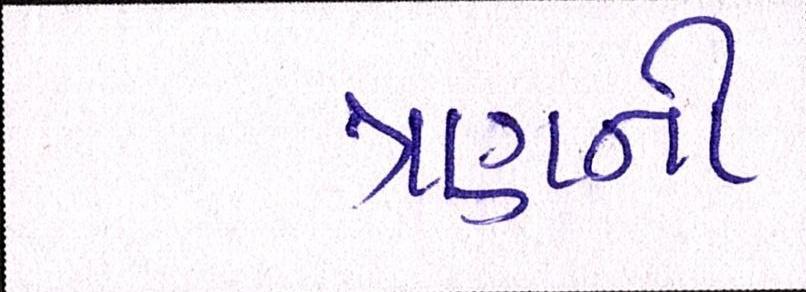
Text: ત્રણની